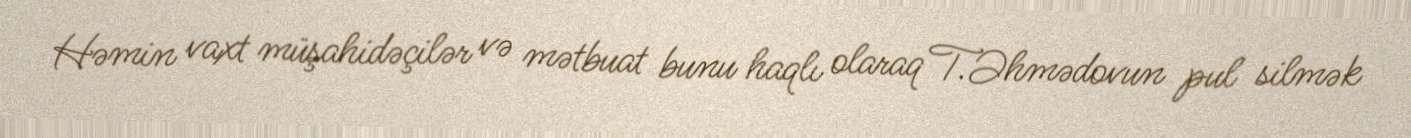
Həmin vaxt müşahidəçilər və mətbuat bunu haqlı olaraq T.Əhmədovun pul silmək